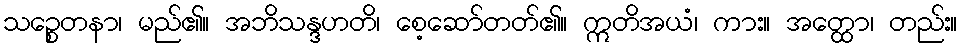
သဉ္စေတနာ၊ မည်၏။ အဘိသန္ဒဟတိ၊ စေ့ဆော်တတ်၏။ ဣတိအယံ၊ ကား။ အတ္ထော၊ တည်း။